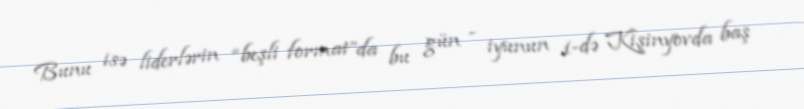
Bunu isə liderlərin “beşli format”da bu gün - iyunun 1-də Kişinyovda baş